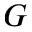
G